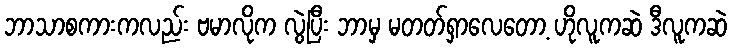
ဘာသာစကားကလည်း ဗမာလိုက လွဲပြီး ဘာမှ မတတ်ရှာလေတော့ ဟိုလူကဆဲ ဒီလူကဆဲ